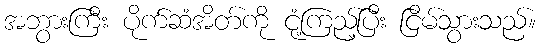
အဘွားကြီး ပိုက်ဆံအိတ်ကို ငုံ့ကြည့်ပြီး ငြိမ်သွားသည်။